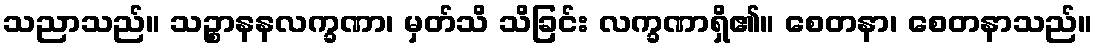
သညာသည်။ သဉ္စာနနလက္ခဏာ၊ မှတ်သိ သိခြင်း လက္ခဏာရှိ၏။ စေတနာ၊ စေတနာသည်။